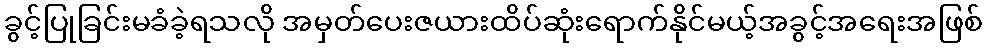
ခွင့်ပြုခြင်းမခံခဲ့ရသလို အမှတ်ပေးဇယားထိပ်ဆုံးရောက်နိုင်မယ့်အခွင့်အရေးအဖြစ်